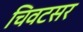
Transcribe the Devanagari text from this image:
चिवटसर